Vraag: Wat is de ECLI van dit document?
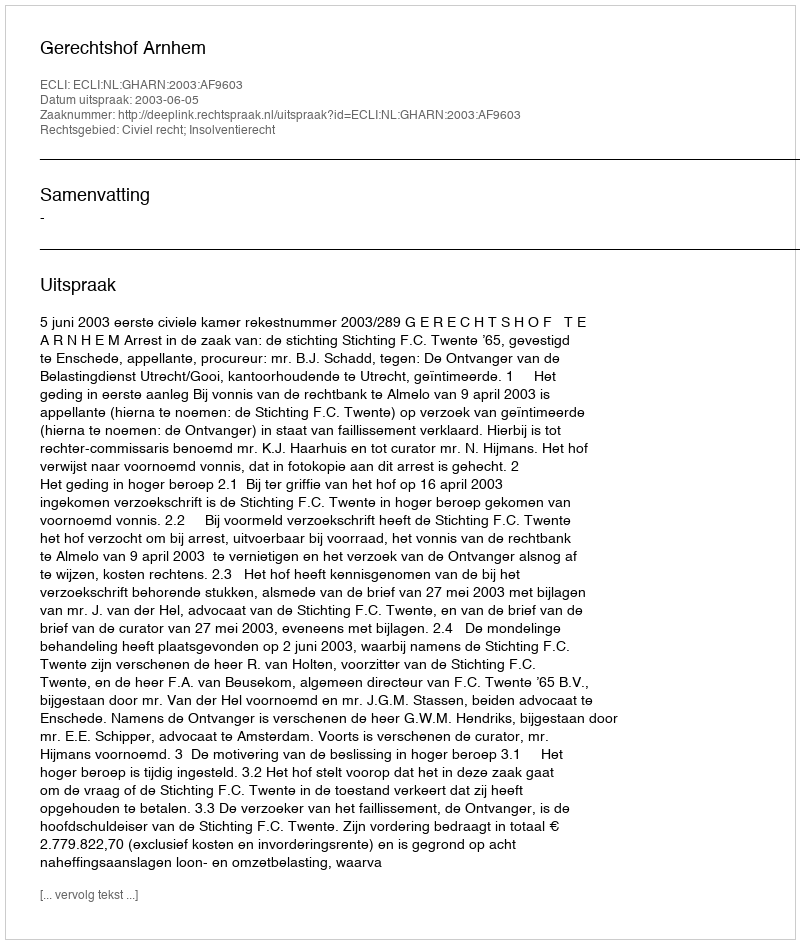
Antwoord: ECLI:NL:GHARN:2003:AF9603